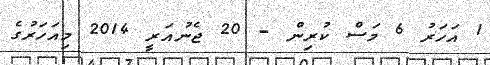
1 އަހަރު 6 މަސް ކުރިން - 20 ޖެނުއަރީ 2014 މިއަހަރުގެ